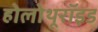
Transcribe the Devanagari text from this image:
होलोथूरॉइड